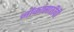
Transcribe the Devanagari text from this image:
नौकांसाठीची